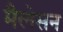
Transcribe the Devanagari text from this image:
मैलेसन